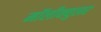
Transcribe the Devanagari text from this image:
मॉलीक्युलर